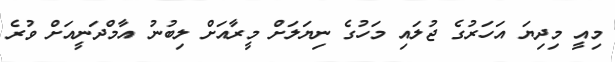
މިއީ މިދިޔަ އަހަރުގެ ޖުލައި މަހުގެ ނިޔަލަށް މީރާއަށް ލިބުނު އާމްދަނީއަށް ވުރެ